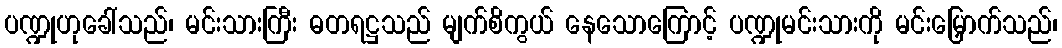
ပဏ္ဍုဟုခေါ်သည်၊ မင်းသားကြီး ဓတရဋ္ဌသည် မျက်စိကွယ် နေသောကြောင့် ပဏ္ဍုမင်းသားကို မင်းမြှောက်သည်၊